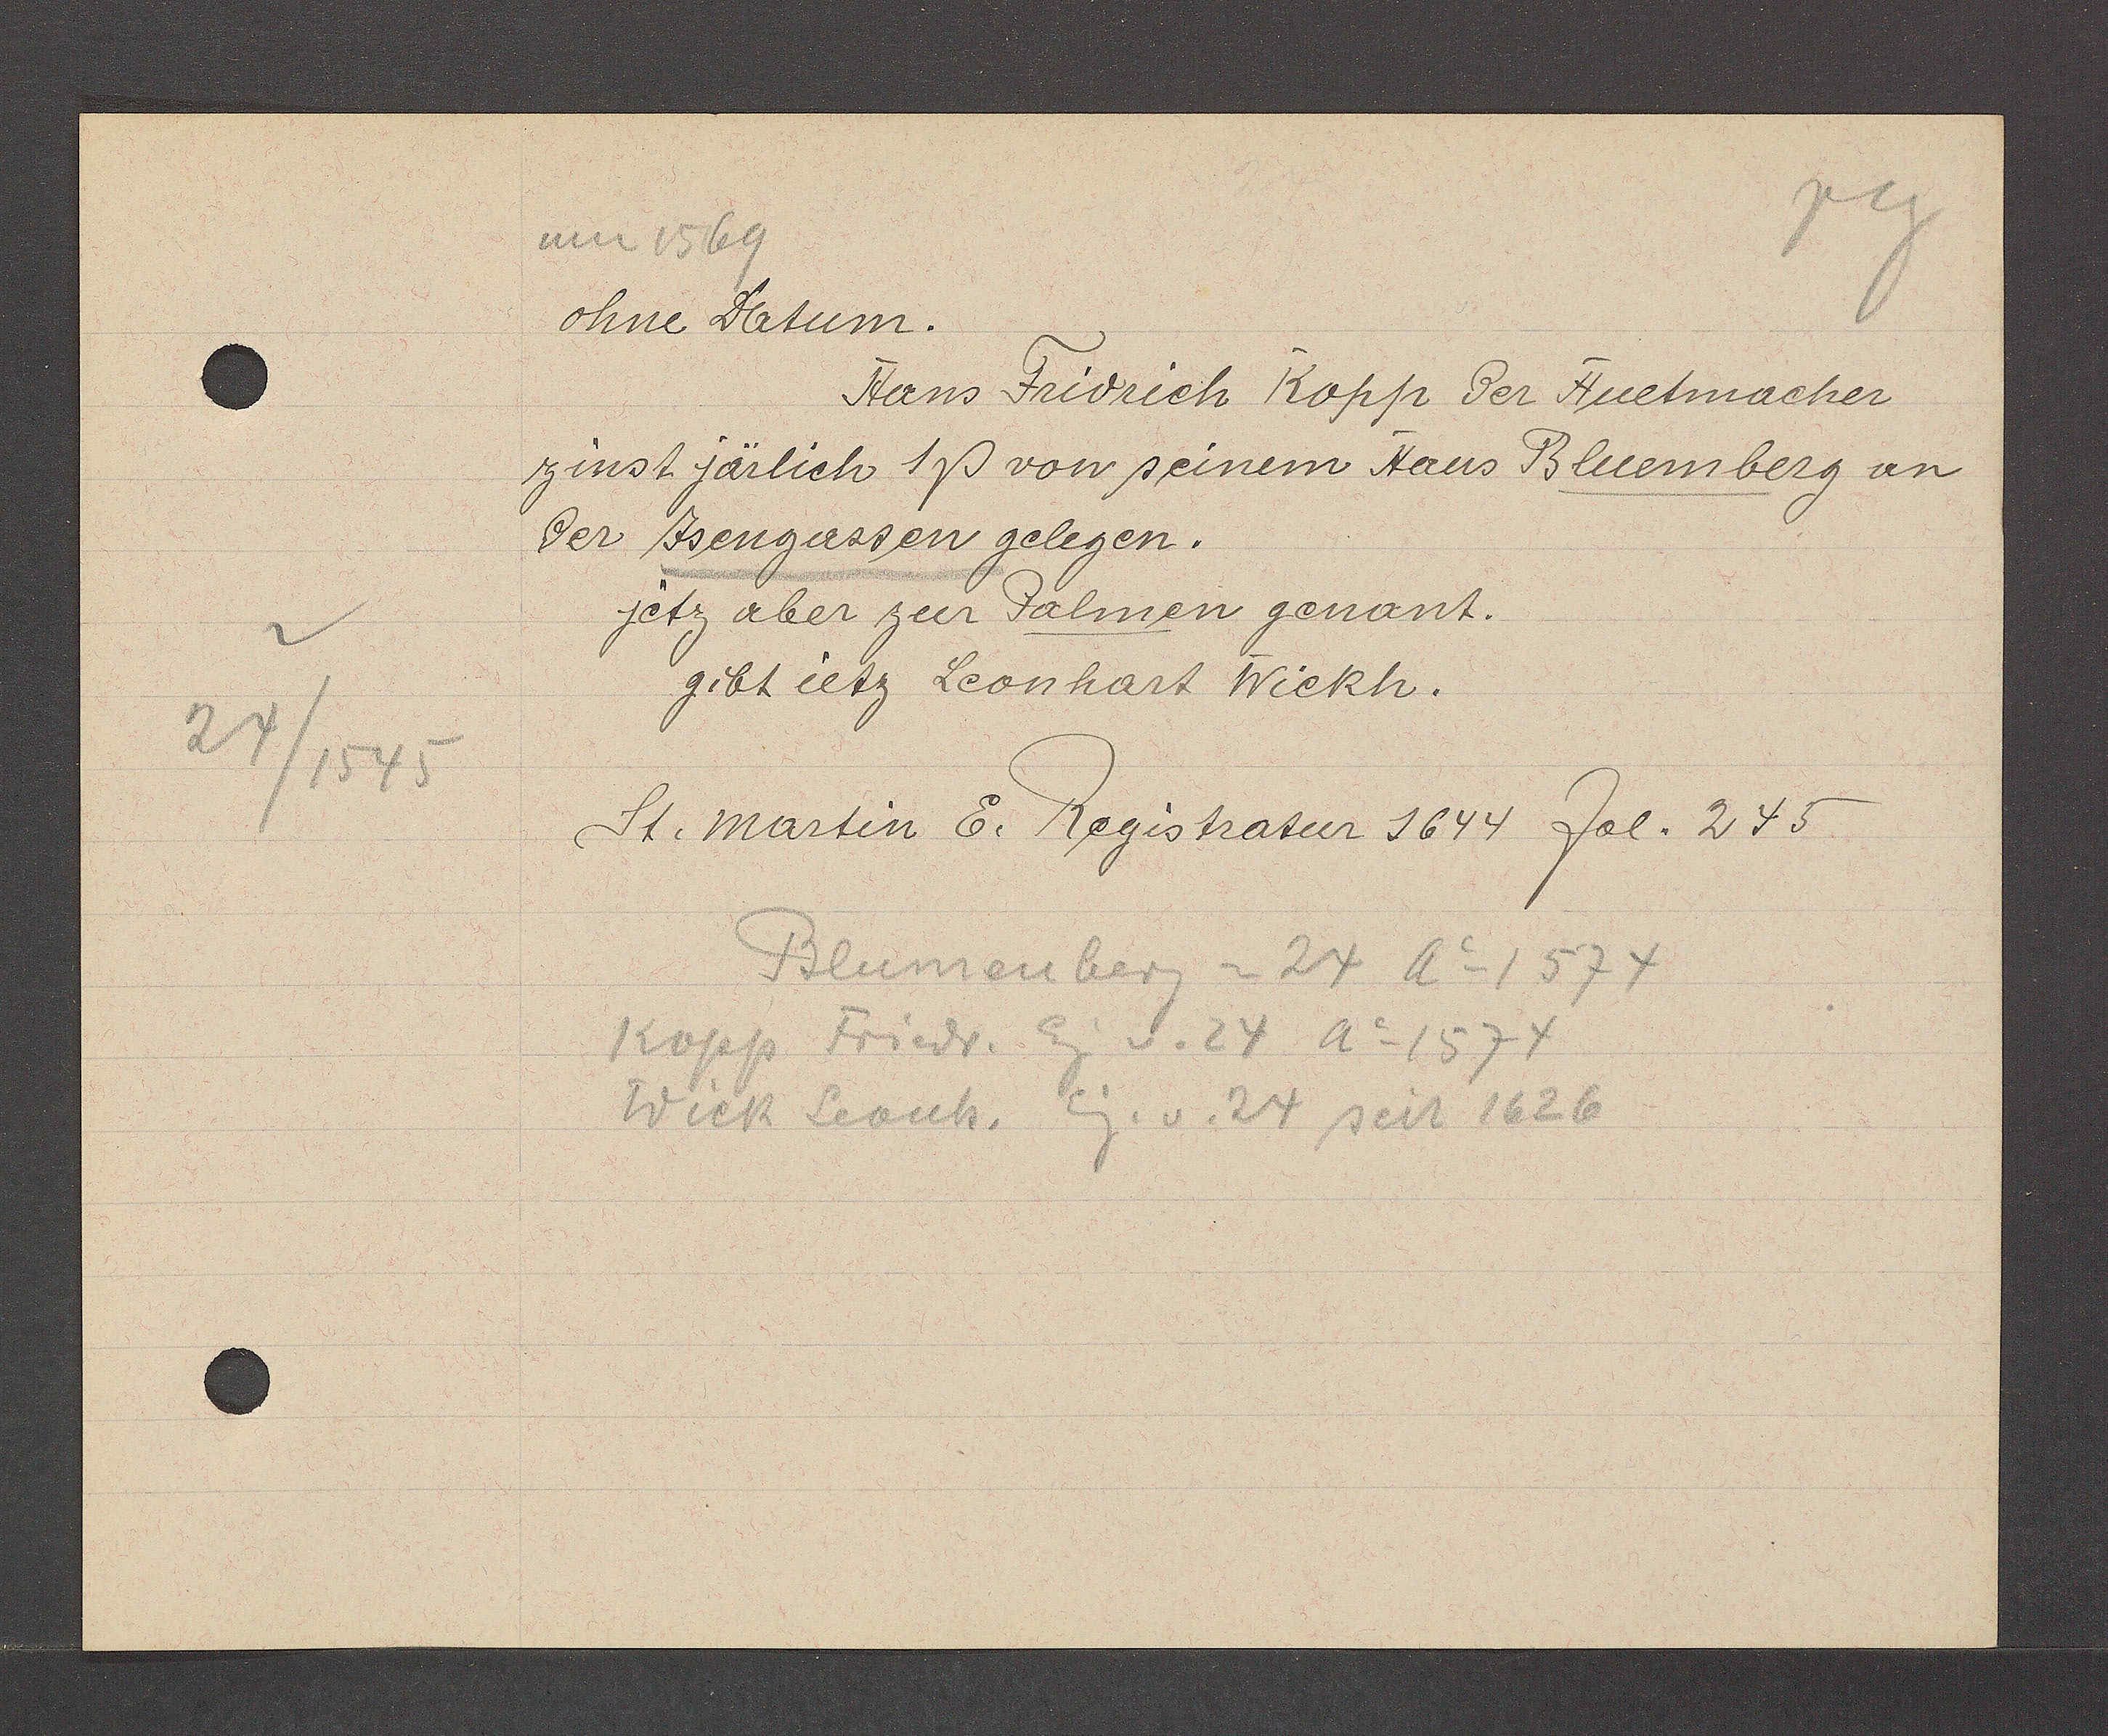
Transcript:
24/1545

1569
ohne Datum.
Hans Fridrich Kopp der Huetmacher
zinst järlich 1ß von seinem Haus Bluemberg an
der Jsengassen gelegen.
jetz aber zur Palmen genant.
gibt ietz Leonhart Wickh.
St. Martin E. Registratur 1644 fol. 245.
Blumenberg =24 Ao1574
Kopp Friedr. Eg. v. 24 Ao 1574
Wick Leonh. Eg.v. 24 seit 1626